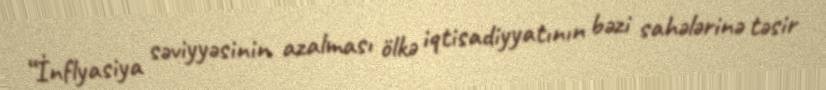
“İnflyasiya səviyyəsinin azalması ölkə iqtisadiyyatının bəzi sahələrinə təsir